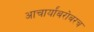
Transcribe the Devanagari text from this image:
आचार्यांबरोबरच